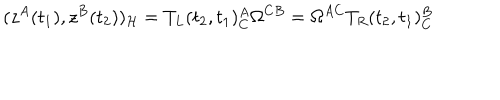
LaTeX: ( z ^ { A } ( t _ { 1 } ) , z ^ { B } ( t _ { 2 } ) ) _ { \cal H } = T _ { L } ( t _ { 2 } , t _ { 1 } ) _ { C } ^ { A } \Omega ^ { C B } = \Omega ^ { A C } T _ { R } ( t _ { 2 } , t _ { 1 } ) _ { C } ^ { B }